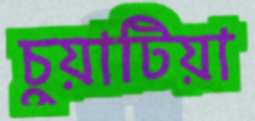
চুয়াটিয়া